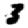
Digit: 3